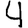
Digit: 4